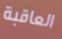
العاقبة